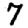
Digit: 7